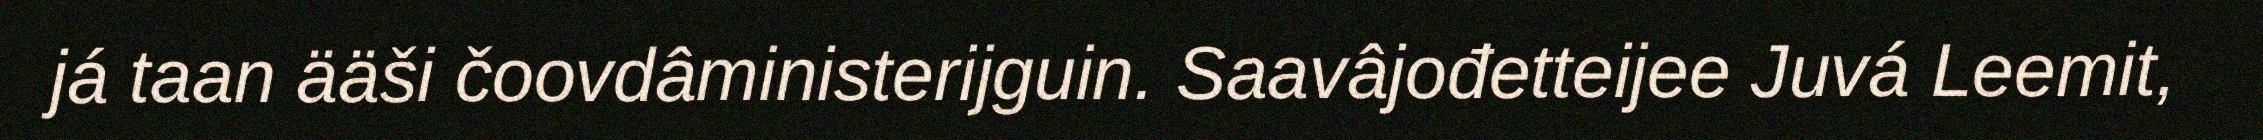
já taan ääši čoovdâministerijguin. Saavâjođetteijee Juvá Leemit,